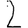
Digit: 2